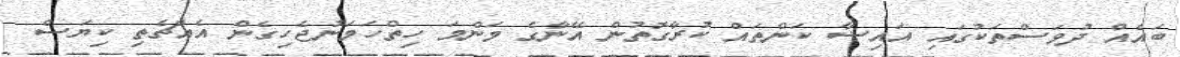
ބައެއް ދުވަސްތަކުގައި އައިޝާ ކަންތައް ކުރާގޮތުން އޭނާގެ މަންމަ ހިތްހަމަނުޖެހިގެން އެއްޗެތި ކިޔަސް